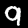
Label: 9